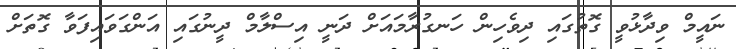
ނައީމް ވިދާޅުވީ ގޮތުގައި ދިވެހިން ހަނގުރާމައަށް ދަނީ އިސްލާމް ދީނުގައި އަންގަވައިފަވާ ގޮތަށް